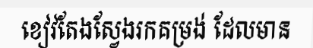
ខៀវតែងស្វែងរកគម្រង់ ដែលមាន